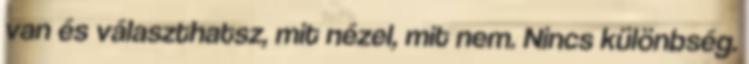
van és választhatsz, mit nézel, mit nem. Nincs különbség.